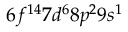
6 f ^ { 1 4 } 7 d ^ { 6 } 8 p ^ { 2 } 9 s ^ { 1 }